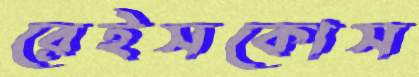
রেইসকোস